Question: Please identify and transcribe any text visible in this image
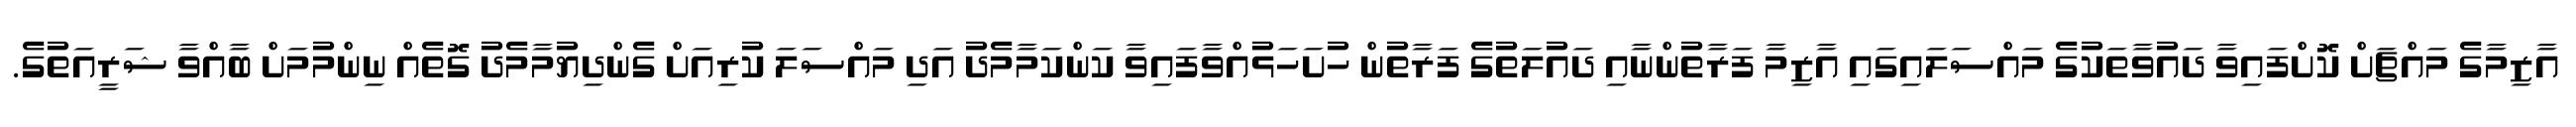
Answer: އާޒިމާގެ މައްޗަށް ކޮށްފައިވާ ދައުވާތަކުގެ މައްސަލައިގައި އާޒިމާ ފަރާތުންނާއި ދައުލަތުގެ ފަރާތުން ހުށަހަޅުއްވާފައިވާ ކަންކަމާމެދު އަދި މައްސަލަ ކުރިއަށް ގެންދިޔުމާމެދު ގޮތެއް ނިންމުމަށް ބާއްވާ ޝަރީއަތުގެ.